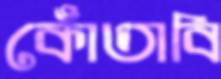
কোঁতাবি